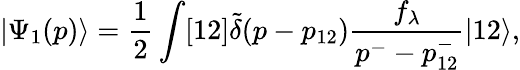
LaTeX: |\Psi_{1}(p)\rangle=\frac{1}{2}\int[12]\tilde{\delta}(p-p_{12})\frac{f_{\lambda}}{p^{-}-p_{12}^{-}}|12\rangle,